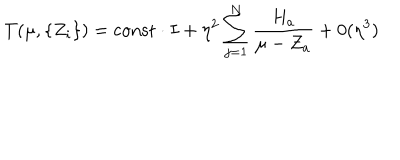
LaTeX: T ( \mu , \{ Z _ { i } \} ) = { \mathrm { c o n s t } } \cdot I + \eta ^ { 2 } \sum _ { j = 1 } ^ { N } \frac { H _ { a } } { \mu - Z _ { a } } + 0 ( \eta ^ { 3 } )